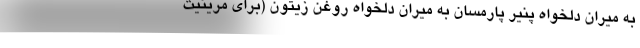
به میران دلخواه پنیر پارمسان به میران دلخواه روغن زیتون (برای مرینیت